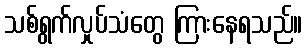
သစ်ရွက်လှုပ်သံတွေ ကြားနေရသည်။